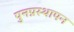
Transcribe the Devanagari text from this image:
पुनप्रस्थापन